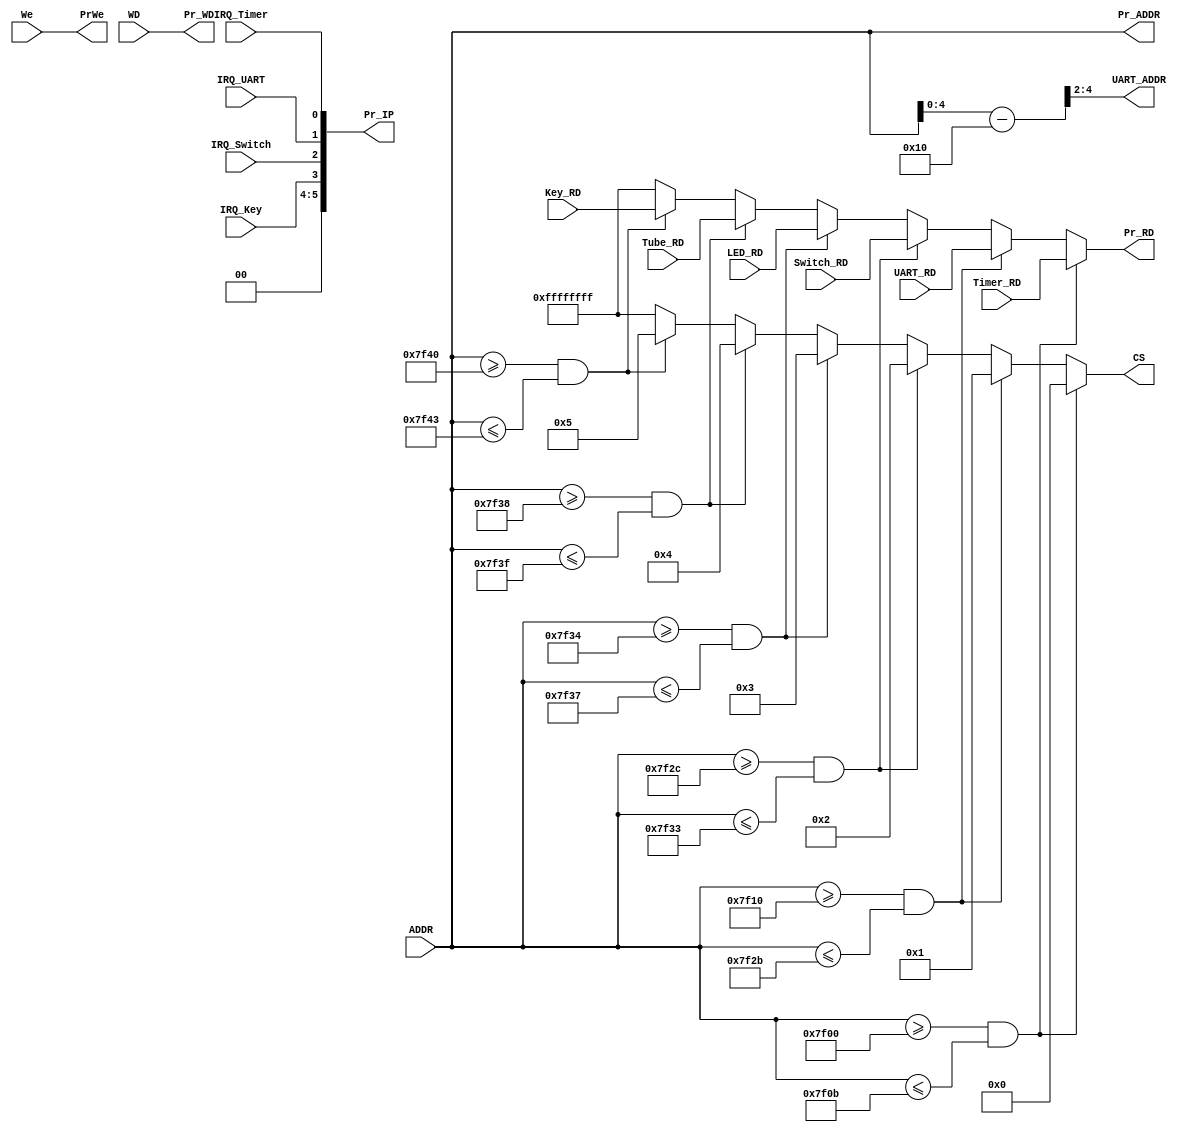
// This program was cloned from: https://github.com/SilenceX12138/MIPS-Microsystems
// License: MIT License

module Bridge(We,IRQ_Timer,IRQ_UART,IRQ_Switch,IRQ_Key,ADDR,WD,Timer_RD,UART_RD,Switch_RD,LED_RD,Tube_RD,Key_RD,Pr_IP,Pr_RD,PrWe,CS,Pr_ADDR,Pr_WD,UART_ADDR);
//input
    input We;                //whether to write peripheral devices
    input IRQ_Timer;         //peripheral devices' interrupt signal
    input IRQ_UART;
    input IRQ_Switch;
    input IRQ_Key;
    
    input [31:0] ADDR;
    input [31:0] WD;

    input [31:0] Timer_RD;
    input [31:0] UART_RD;
    input [31:0] Switch_RD;
    input [31:0] LED_RD;
    input [31:0] Tube_RD;
    input [31:0] Key_RD;

//output
//intern
    output [15:10] Pr_IP;
    output reg [31:0] Pr_RD;
//extern
    output PrWe; 
    output reg [31:0] CS;

    output [31:0] Pr_ADDR;
    output [31:0] Pr_WD;

    output [4:2] UART_ADDR;

//combinational logic
    parameter Timer=0,
              UART=1,
              Switch=2,
              LED=3,
              Tube=4,
              Key=5;

    assign Pr_IP={2'b0,IRQ_Key,IRQ_Switch,IRQ_UART,IRQ_Timer};

    assign PrWe=We;
    assign Pr_ADDR=ADDR;
    assign Pr_WD=WD;

    assign UART_ADDR=(ADDR-32'h0000_7f10)>>2;

    always @(*)
        begin
            if(ADDR>=32'h0000_7F00&&ADDR<=32'h0000_7F0B)
                begin
                    CS=Timer;
                    Pr_RD=Timer_RD;
                end
            else if(ADDR>=32'h0000_7F10&&ADDR<=32'h0000_7F2B)
                begin
                    CS=UART;
                    Pr_RD=UART_RD;
                end
            else if(ADDR>=32'h0000_7F2C&&ADDR<=32'h0000_7F33)
                begin
                    CS=Switch;
                    Pr_RD=Switch_RD;
                end
            else if(ADDR>=32'h0000_7F34&&ADDR<=32'h0000_7F37)
                begin
                    CS=LED;
                    Pr_RD=LED_RD;
                end
            else if(ADDR>=32'h0000_7F38&&ADDR<=32'h0000_7F3F)
                begin
                    CS=Tube;
                    Pr_RD=Tube_RD;
                end
            else if(ADDR>=32'h0000_7F40&&ADDR<=32'h0000_7F43)
                begin
                    CS=Key;
                    Pr_RD=Key_RD;
                end
            else
                begin
                    CS=-1;
                    Pr_RD=-1;
                end
        end

endmodule